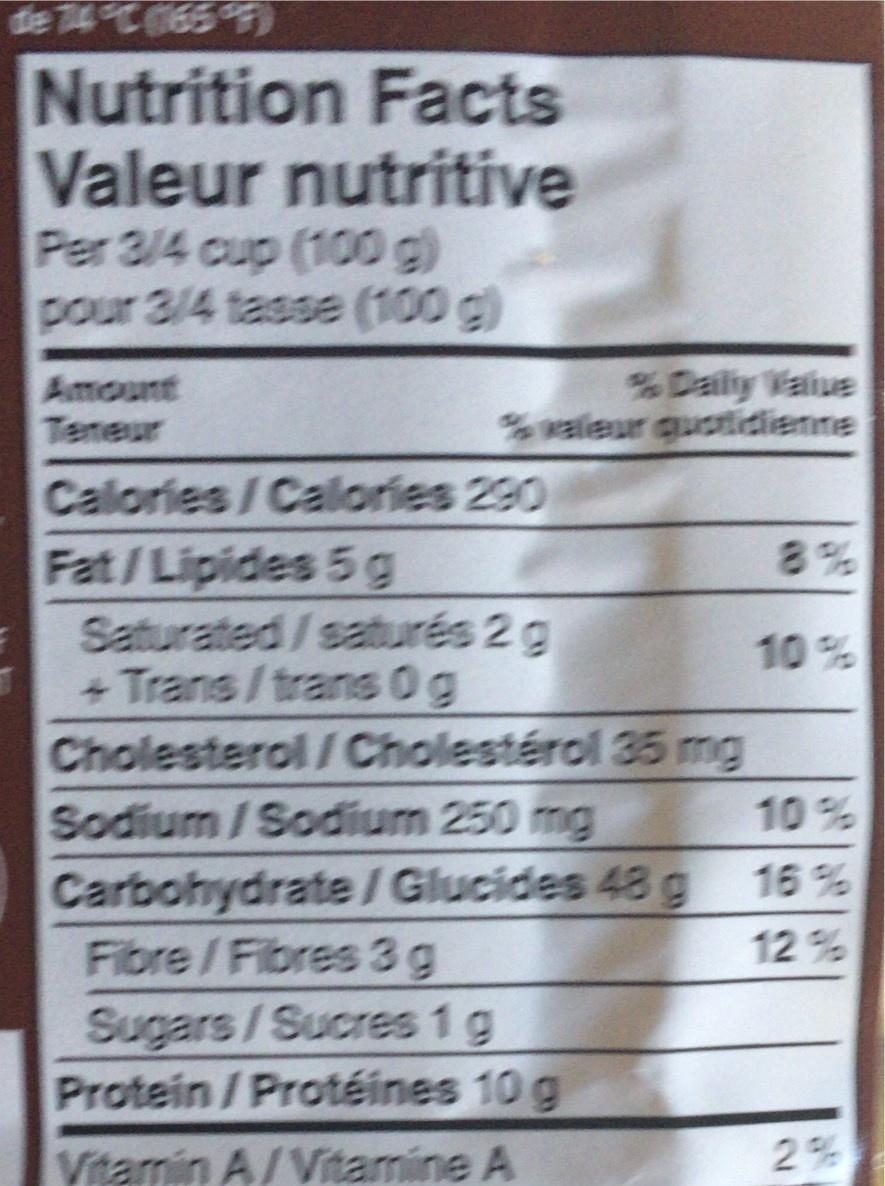
de 74°C 65
Nutrition Facts Valeur nutritive Per 3/4 cup (100 g) pour 3/4 tasse (100 g)
Amount Teneur
% Daly Value valeur quotidienne
Calories/Calories 290
8%
Fat/Lipides 5 g Saturated/saturés 2g + Trans/trans 0g Cholesterol/ Cholestérol 35 mg
10%
Sodium/Sodium 250 mg
10%
Carbohydrate / Glucides 48 g Fibre/Fibres 3g
16 %
12 %
Sugars/Sucres 1 g Protein/Protéines 10 g
Vitamin A/Vitamine A
2%